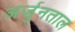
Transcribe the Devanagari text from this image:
अर्जुनताल